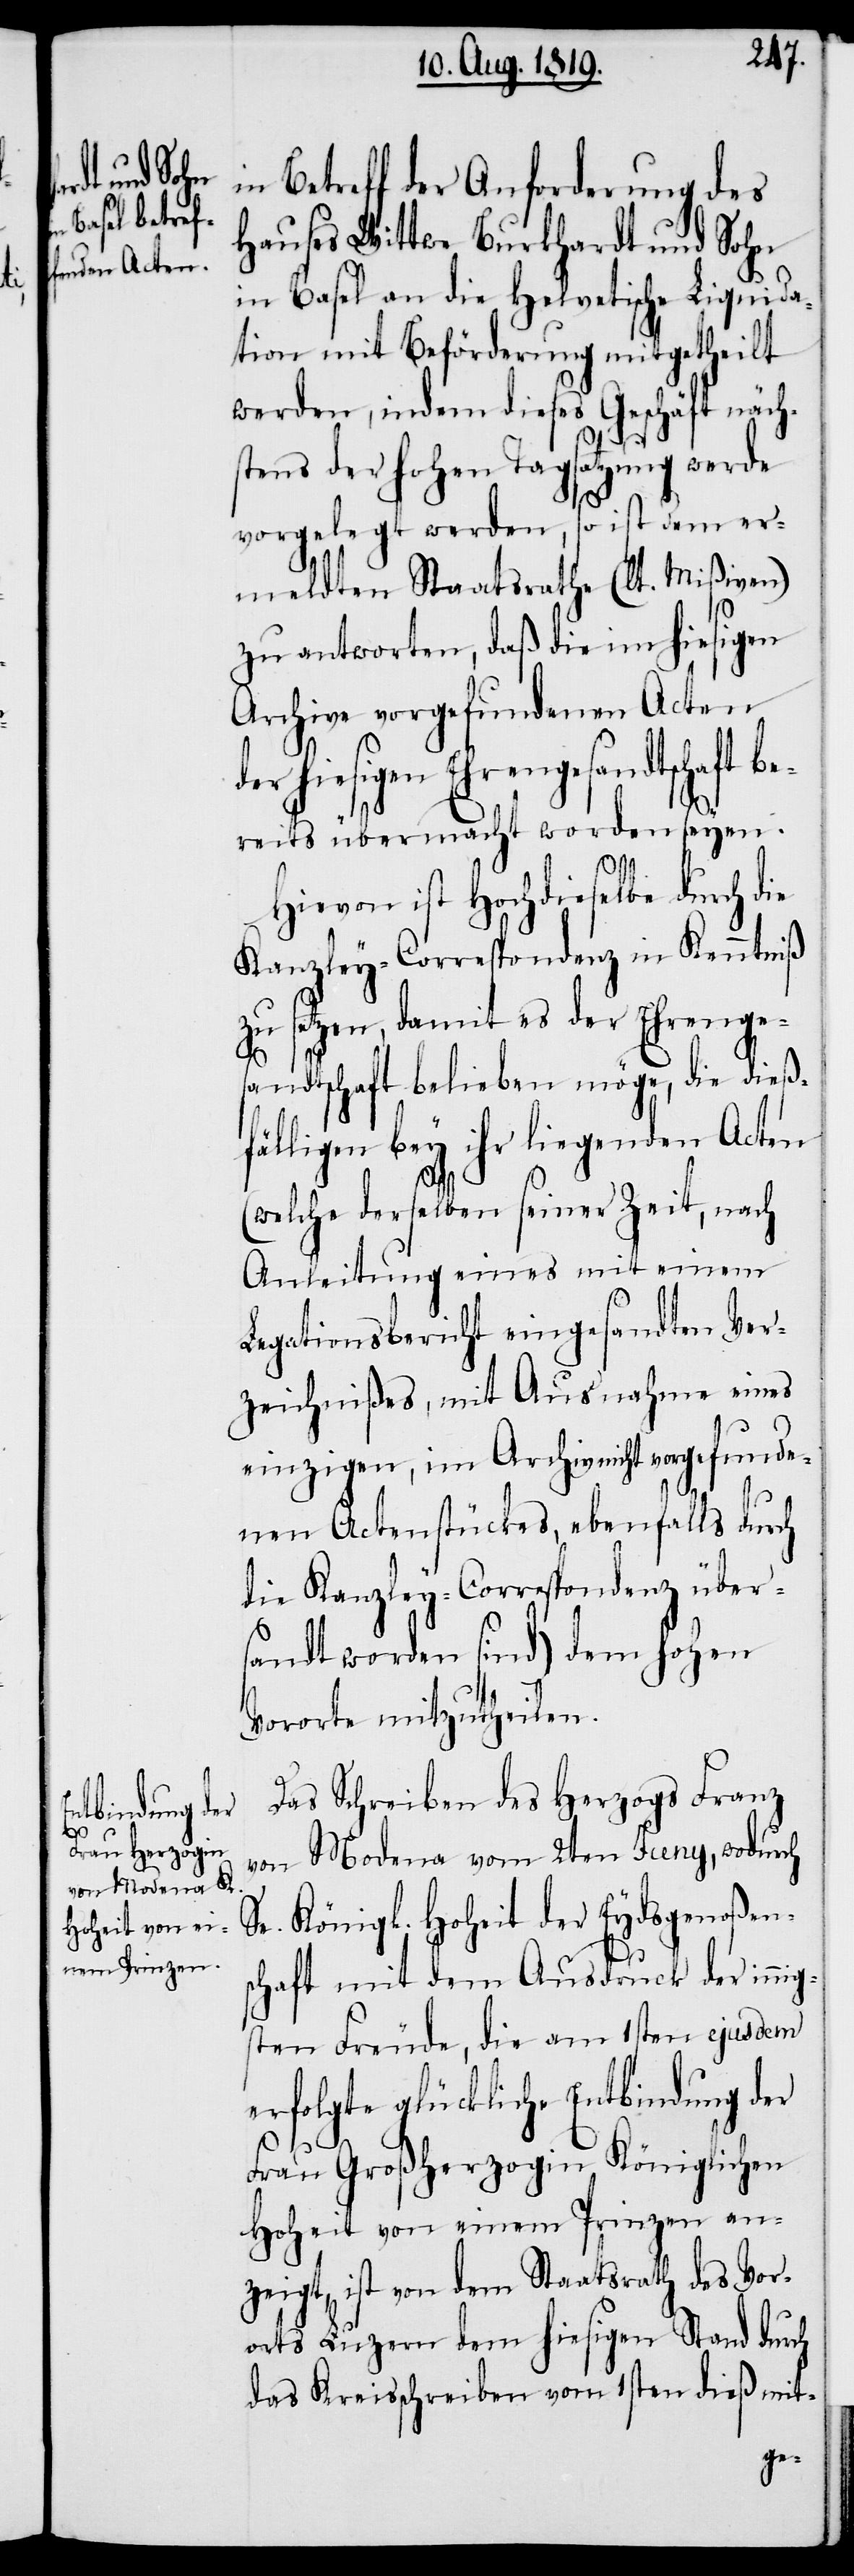
in Betreff der Anforderung des
Hauses Wittwe Burkhardt und Sohn
in Basel an die Helvetische Liquida¬
tion mit Beförderung mitgetheilt
werden, indem dieses Geschäft näch¬
stens der hohen Tagsatzung werde
vorgelegt werden, so ist dem er¬
meldten Staatsrathe (lt. Mißiven)
zu antworten, daß die im hiesigen
Archive vorgefundenen Acten
hiesigen Ehrengesandtschaft
reits übermacht worden seyen.
Hievon ist Hochdieselbe durch die
Kanzley-Correspondenz in Kenntniß
zu setzen, damit es der Ehrenges¬
andtschaft belieben möge, die dieß¬
fälligen bey ihr liegenden Acten
nig¬
(welche derselben seiner Zeit, nach
Anleitung eines mit einem
Legationsbericht eingesandten Ver¬
zeichnißes, mit Ausnahme eines
einzigen, im Archiv nicht vorgefunde¬
nen Actenstückes, ebenfalls durch
die Kanzley-Correspondenz übers¬
andt worden sind) dem hohen
Vororte mitzutheilen.
Das Schreiben des Herzogs Franz
von Modena vom 2ten Juny, wodurch
Se. Königl. Hoheit der Eydsgenoßens¬
chaft mit dem Ausdruck der in¬
sten Freude, die am 1sten ejusdem
erfolgte glückliche Entbindung der
Frau Großherzogin Königlichen
Hoheit von einem Prinzen an¬
zeigt, ist von dem Staatsrath des Vor¬
orts Luzern dem hiesigen Stand durch
das Kreisschreiben vom 1sten dieß mit-